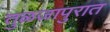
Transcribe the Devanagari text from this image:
तुळजापुरात